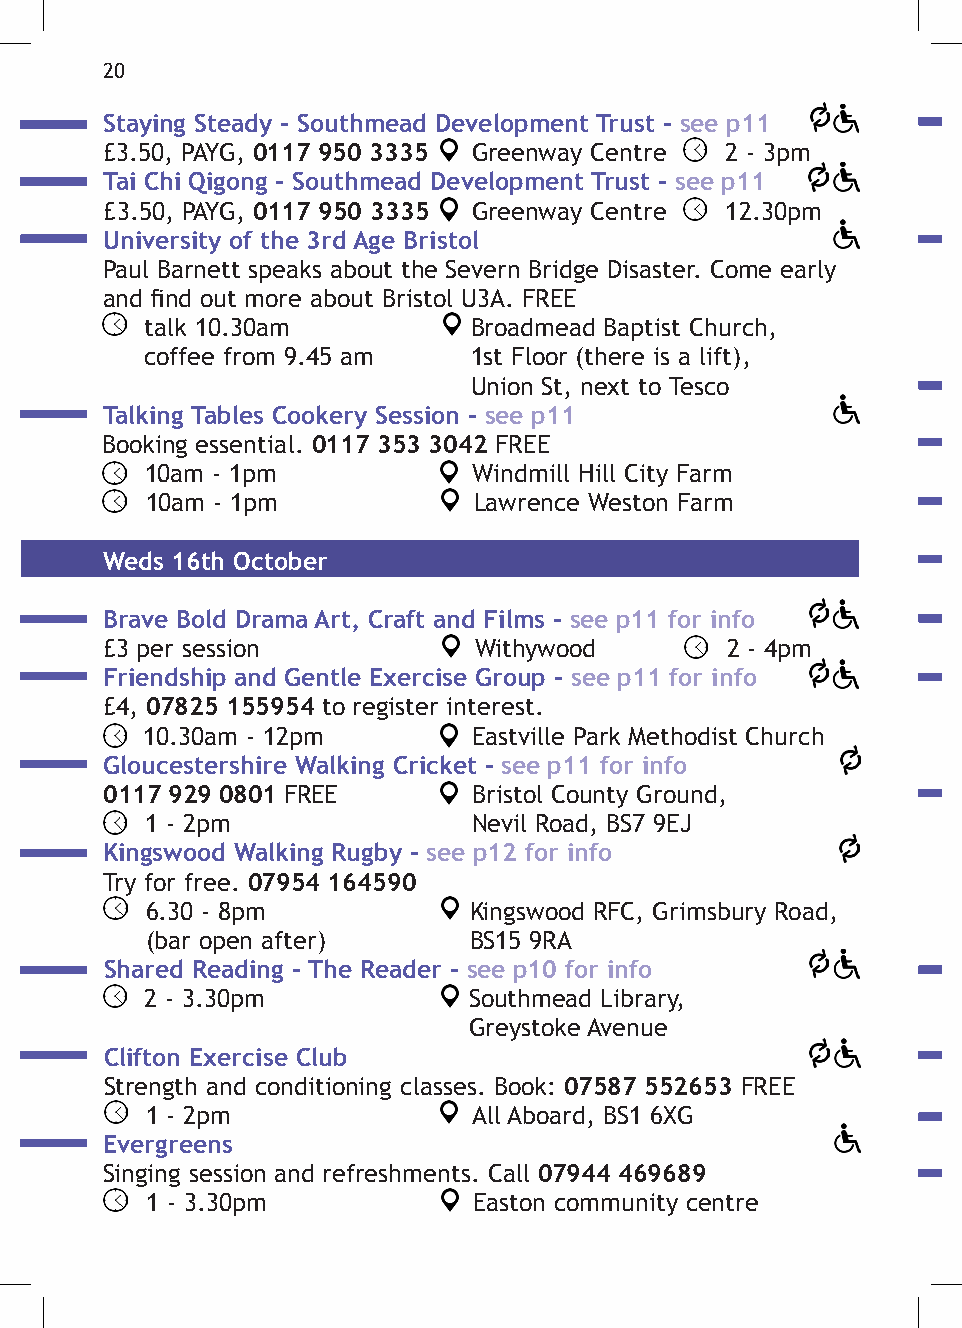
20
 Staying Steady - Southmead Development Trust - see p11
 £3.50, PAYG, 0117 950 3335 Greenway Centre 2 - 3pm
 Tai Chi Qigong - Southmead Development Trust - see p11
 £3.50, PAYG, 0117 950 3335 Greenway Centre 12.30pm
 University of the 3rd Age Bristol
 Paul Barnett speaks about the Severn Bridge Disaster. Come early
 and find out more about Bristol U3A. FREE
 talk 10.30am         Broadmead Baptist Church,
 coffee from 9.45 am  1st Floor (there is a lift),
 Union St, next to Tesco
 Talking Tables Cookery Session - see p11
 Booking essential. 0117 353 3042 FREE
 10am - 1pm           Windmill Hill City Farm
 10am - 1pm           Lawrence Weston Farm
 Weds 16th October
 Brave Bold Drama Art, Craft and Films - see p11 for info
 £3 per session          Withywood        2 - 4pm
 Friendship and Gentle Exercise Group - see p11 for info
 £4, 07825 155954 to register interest.
 10.30am - 12pm        Eastville Park Methodist Church
 Gloucestershire Walking Cricket - see p11 for info
 0117 929 0801 FREE      Bristol County Ground,
 1 - 2pm              Nevil Road, BS7 9EJ
 Kingswood Walking Rugby - see p12 for info
 Try for free. 07954 164590
 6.30 - 8pm           Kingswood RFC, Grimsbury Road,
 (bar open after)     BS15 9RA
 Shared Reading - The Reader - see p10 for info
 2 - 3.30pm           Southmead Library,
 Greystoke Avenue
 Clifton Exercise Club
 Strength and conditioning classes. Book: 07587 552653 FREE
 1 - 2pm              All Aboard, BS1 6XG
 Evergreens
 Singing session and refreshments. Call 07944 469689
 1 - 3.30pm           Easton community centre